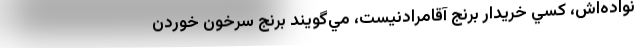
نواده‌اش، كسي خريدار برنج آقامرادنيست، مي‌گويند برنج سرخون خوردن